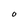
Character: O